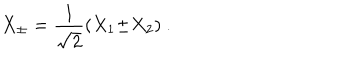
LaTeX: X _ { \pm } = { \frac { 1 } { \sqrt { 2 } } } ( X _ { 1 } { \pm } X _ { 2 } ) ~ .